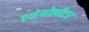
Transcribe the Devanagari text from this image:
एनेमोमीटर